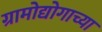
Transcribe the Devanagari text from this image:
ग्रामोद्योगाच्या